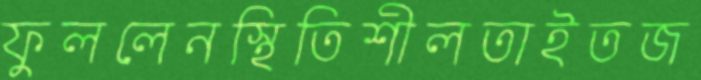
ফুললেনস্থিতিশীলতাইতজ